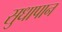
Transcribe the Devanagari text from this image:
सुधापान